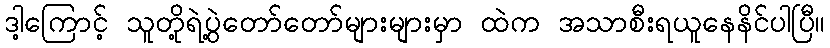
ဒါ့ကြောင့် သူတို့ရဲ့ပွဲတော်တော်များများမှာ ထဲက အသာစီးရယူနေနိင်ပါပြီ။